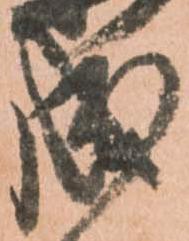
成